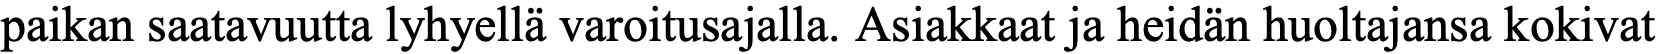
paikan saatavuutta lyhyellä varoitusajalla. Asiakkaat ja heidän huoltajansa kokivat